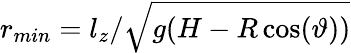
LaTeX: r_{min}=l_{z}/\sqrt{g(H-R\cos(\vartheta))}